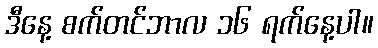
ဒီနေ့ စက်တင်ဘာလ ၁၆ ရက်နေ့ပါ။